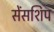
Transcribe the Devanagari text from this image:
सेंसशिप